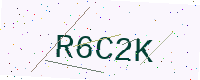
Text: R6C2K